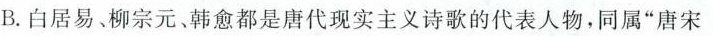
B.白居易、柳宗元、韩愈都是唐代现实主义诗歌的代表人物，同属”唐宋